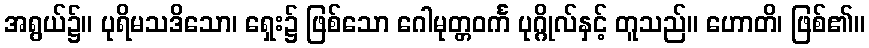
အရွယ်၌။ ပုရိမသဒိသော၊ ရှေး၌ ဖြစ်သော ဂေါမုတ္တဝင်္က ပုဂ္ဂိုလ်နှင့် တူသည်။ ဟောတိ၊ ဖြစ်၏။